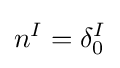
n^{I}=\delta _{0}^{I}